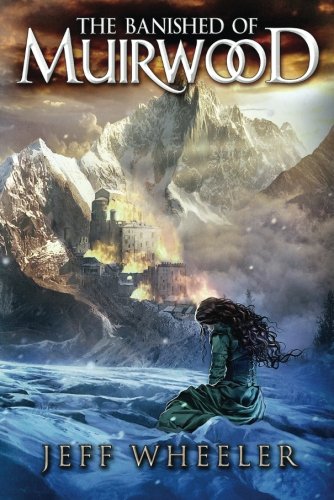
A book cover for The Banished of Muirwood (Covenant of Muirwood); Jeff Wheeler; Science Fiction & Fantasy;